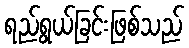
ရည်ရွယ်ခြင်းဖြစ်သည်